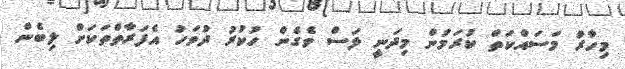
މިހާރު މަސައްކަތް ކުރަމުން މިދަނީ ލަސް ވެގެން ހުކުރު ދުވަހު އެފަރާތްތަކަށް ލިބެން